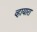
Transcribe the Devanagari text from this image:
व्हायारा